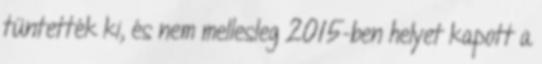
tüntették ki, és nem mellesleg 2015-ben helyet kapott a